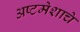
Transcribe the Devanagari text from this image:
अष्टमेशाचे